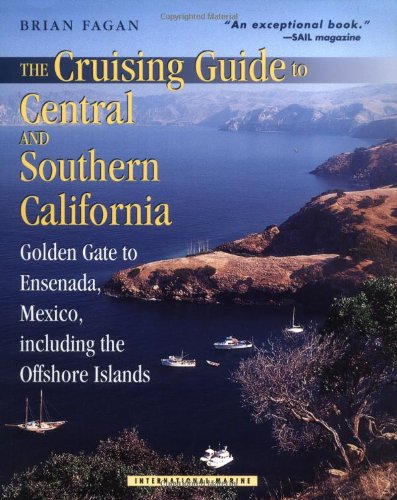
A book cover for The Cruising Guide to Central and Southern California: Golden Gate to Ensenada, Mexico, Including the Offshore Islands; Brian Fagan; Engineering & Transportation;